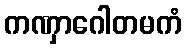
ကဏှာဂေါတမကံ